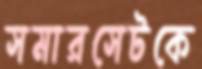
সমারসেটকে